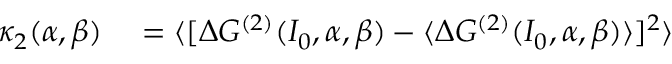
\begin{array} { r l } { \kappa _ { 2 } ( \alpha , \beta ) } & { { } = \langle [ \Delta G ^ { ( 2 ) } ( I _ { 0 } , \alpha , \beta ) - \langle \Delta G ^ { ( 2 ) } ( I _ { 0 } , \alpha , \beta ) \rangle ] ^ { 2 } \rangle } \end{array}